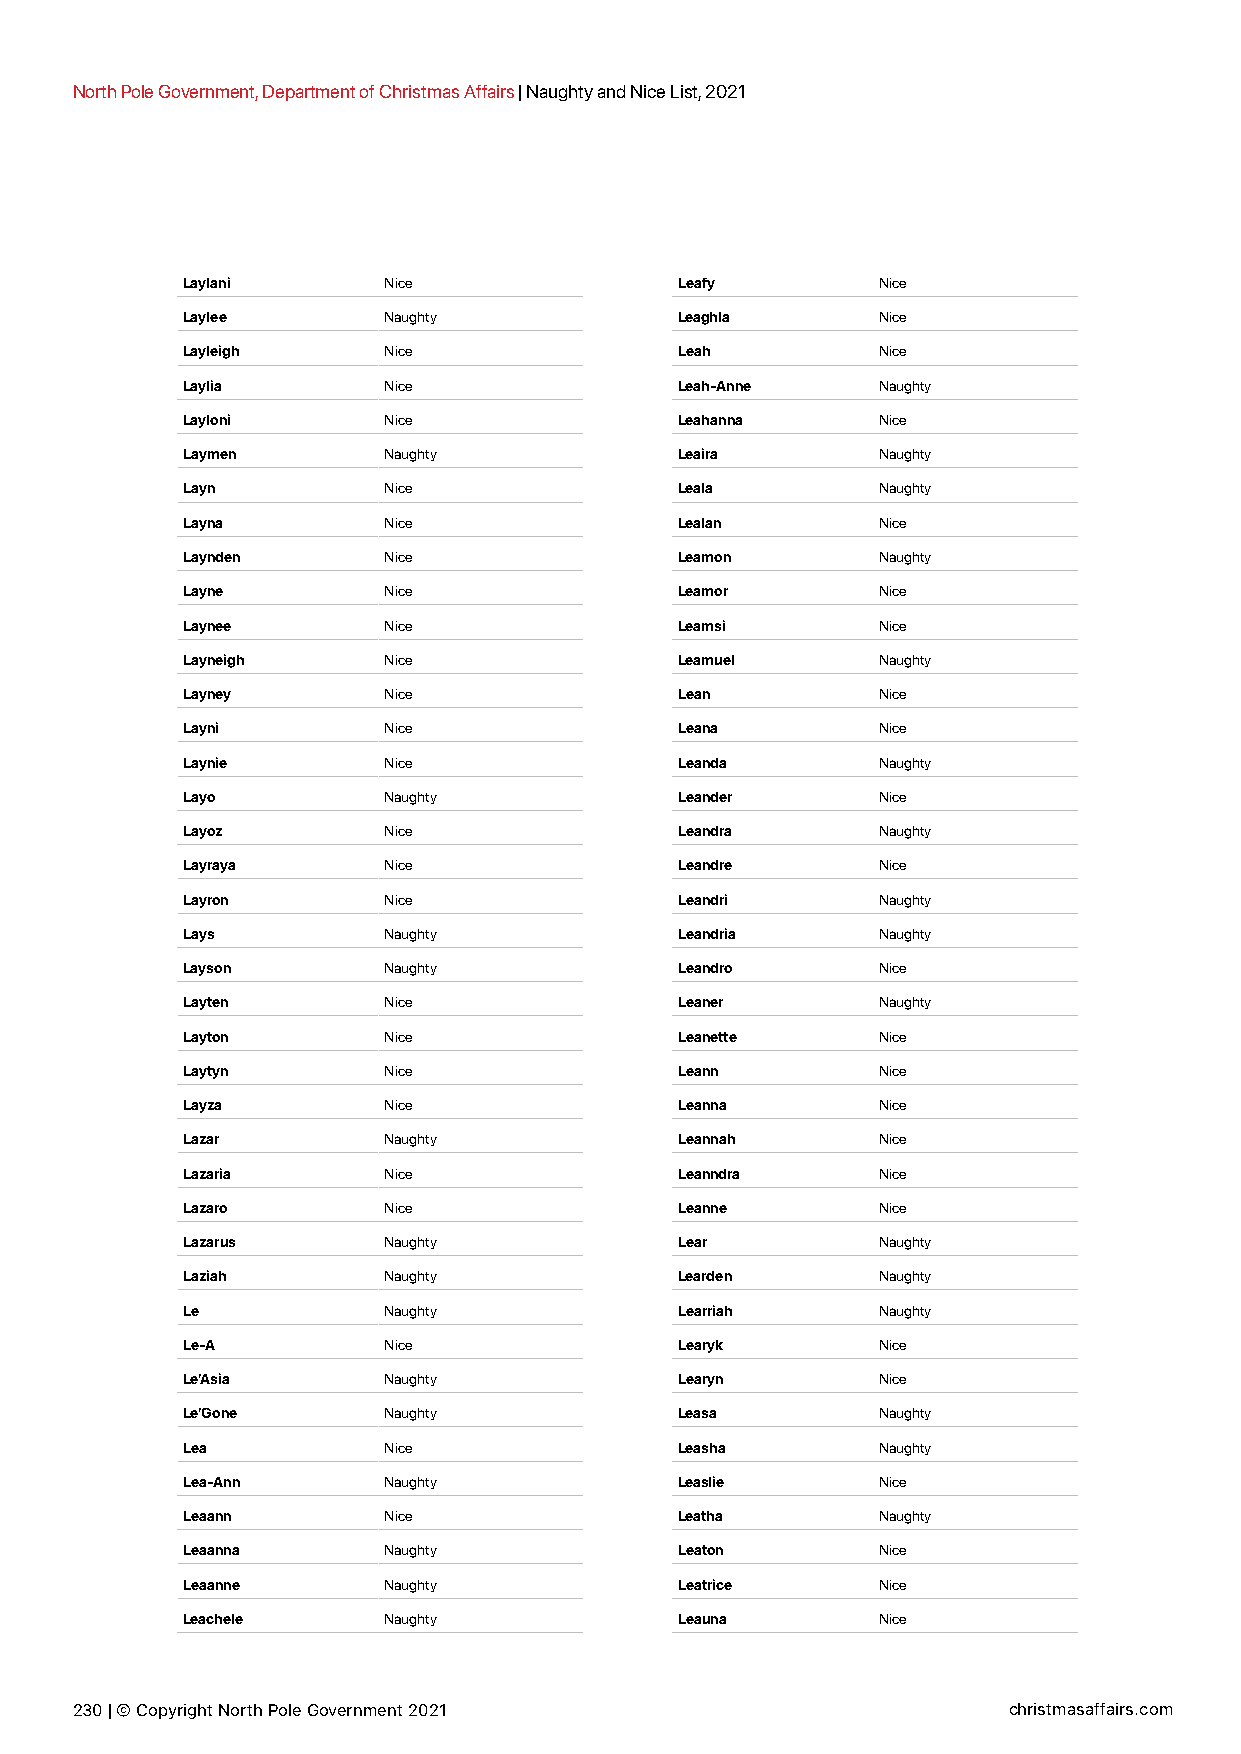
North Pole Government, Department of Christmas Affairs | Naughty and Nice List, 2021
 Laylani      Nice                Leafy        Nice
 Laylee       Naughty             Leaghla      Nice
 Layleigh     Nice                Leah         Nice
 Laylia       Nice                Leah-Anne    Naughty
 Layloni      Nice                Leahanna     Nice
 Laymen       Naughty             Leaira       Naughty
 Layn         Nice                Leala        Naughty
 Layna        Nice                Lealan       Nice
 Laynden      Nice                Leamon       Naughty
 Layne        Nice                Leamor       Nice
 Laynee       Nice                Leamsi       Nice
 Layneigh     Nice                Leamuel      Naughty
 Layney       Nice                Lean         Nice
 Layni        Nice                Leana        Nice
 Laynie       Nice                Leanda       Naughty
 Layo         Naughty             Leander      Nice
 Layoz        Nice                Leandra      Naughty
 Layraya      Nice                Leandre      Nice
 Layron       Nice                Leandri      Naughty
 Lays         Naughty             Leandria     Naughty
 Layson       Naughty             Leandro      Nice
 Layten       Nice                Leaner       Naughty
 Layton       Nice                Leanette     Nice
 Laytyn       Nice                Leann        Nice
 Layza        Nice                Leanna       Nice
 Lazar        Naughty             Leannah      Nice
 Lazaria      Nice                Leanndra     Nice
 Lazaro       Nice                Leanne       Nice
 Lazarus      Naughty             Lear         Naughty
 Laziah       Naughty             Learden      Naughty
 Le           Naughty             Learriah     Naughty
 Le-A         Nice                Learyk       Nice
 Le’Asia      Naughty             Learyn       Nice
 Le’Gone      Naughty             Leasa        Naughty
 Lea          Nice                Leasha       Naughty
 Lea-Ann      Naughty             Leaslie      Nice
 Leaann       Nice                Leatha       Naughty
 Leaanna      Naughty             Leaton       Nice
 Leaanne      Naughty             Leatrice     Nice
 Leachele     Naughty             Leauna       Nice
 230 | © Copyright North Pole Government 2021                  christmasaffairs.com